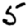
Digit: 5